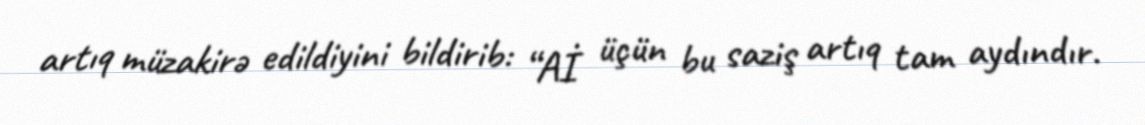
artıq müzakirə edildiyini bildirib: “Aİ üçün bu saziş artıq tam aydındır.